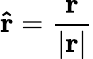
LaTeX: \mathbf{\hat{r}}=\mathbf{\frac{r}{|r|}}